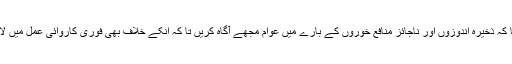
انہوں نے کہا کہ ذخیرہ اندوزوں اور ناجائز منافع خوروں کے بارے میں عوام مجھے آگاہ کریں تا کہ انکے خلاف بھی فوری کاروائی عمل میں لائی جا سکے۔